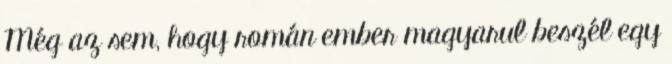
Még az sem, hogy román ember magyarul beszél egy